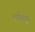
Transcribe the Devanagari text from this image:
राजेवारी